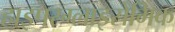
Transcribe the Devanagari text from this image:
हाइपरग्लाइसेमिक